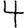
Digit: 4